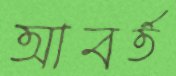
আবর্ত